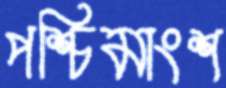
পশ্চিমাংশ